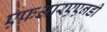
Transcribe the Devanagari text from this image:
एफ़आरएएनडी